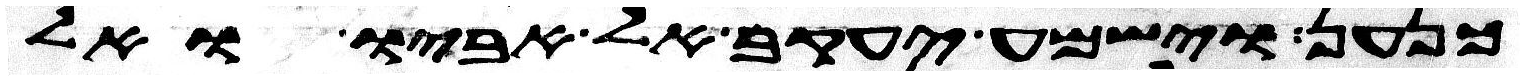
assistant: כנען וישמע יעקב אל אביו ואל